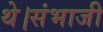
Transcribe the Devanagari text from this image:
थे।संभाजी